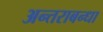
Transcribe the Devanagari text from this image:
अन्तराबन्धा